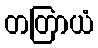
တတြာယံ